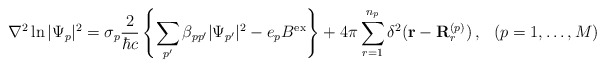
\begin{align*}\nabla^2\ln|\Psi_p|^2=\sigma_p\frac{2}{\hbar c}\left\{\sum_{p'}\beta_{pp'}|\Psi_{p'}|^2-e_pB^{\rm ex}\right\}+4\pi\sum_{r=1}^{n_p}\delta^2({\bf r}-{\bf R}_r^{(p)})\,, \hspace{3mm} (p=1,\ldots,M)\end{align*}